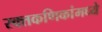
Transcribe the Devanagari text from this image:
रक्तकणिकांमध्ये